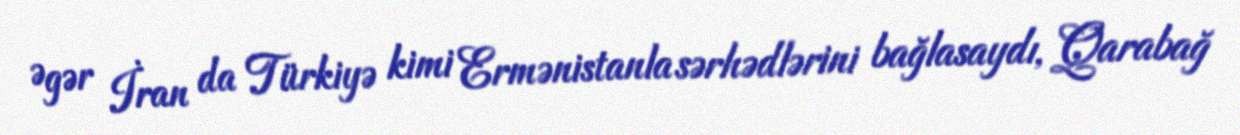
Əgər İran da Türkiyə kimi Ermənistanla sərhədlərini bağlasaydı, Qarabağ